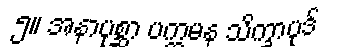
၅။ အနာပုစ္ဆာ ပက္ကမန သိက္ခာပုဒ်